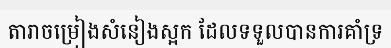
តារាចម្រៀងសំនៀងស្អក ដែលទទួលបានការគាំទ្រ